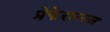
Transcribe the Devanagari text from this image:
प्रेफेरान्स्ज़